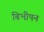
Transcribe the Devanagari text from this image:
बिभीषन